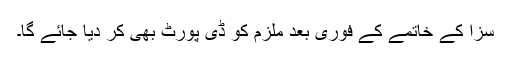
سزا کے خاتمے کے فوری بعد ملزم کو ڈی پورٹ بھی کر دیا جائے گا۔